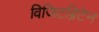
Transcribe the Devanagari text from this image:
विजिटब्रिटेन